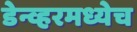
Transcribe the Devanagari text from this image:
डेन्व्हरमध्येच